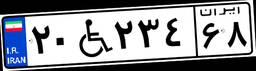
۲۰W۲۳۴۶۸